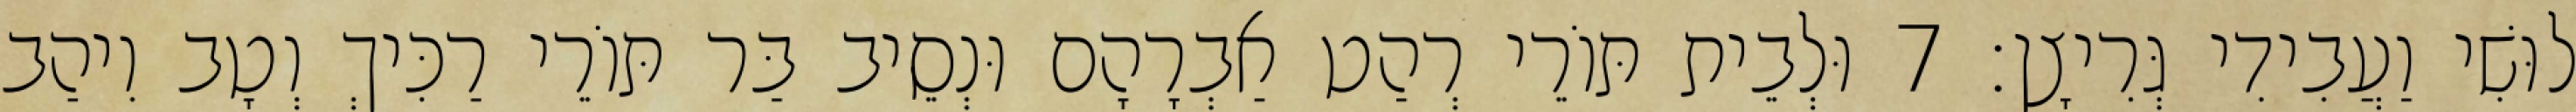
לוּשִׁי וַעֲבִידִי גְּרִיצָן׃ 7 וּלְבֵית תּוֹרֵי רְהַט אַבְרָהָם וּנְסֵיב בַּר תּוֹרֵי רַכִּיךְ וְטָב וִיהַב